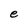
Character: e